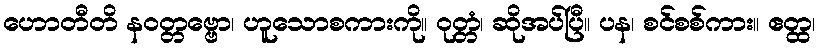
ဟောတီတိ နဝတ္တဗ္ဗော၊ ဟူသောစကားကို။ ဝုတ္တံ၊ ဆိုအပ်ပြီ။ ပန၊ စင်စစ်ကား။ ဧတ္ထ၊